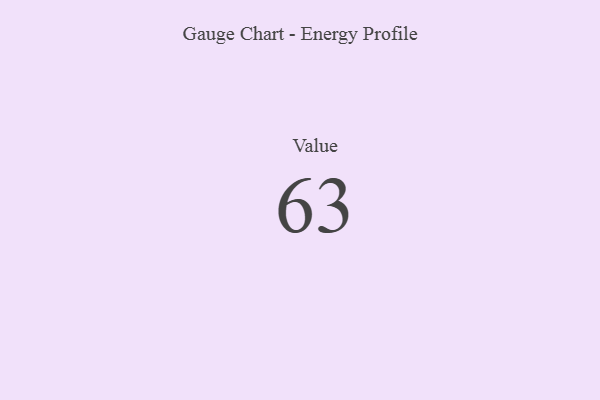
{"axis": {"x": "Metric", "y": "Value"}, "legend": [""], "data": [{"x": "Value", "y": 63, "type": ""}]}